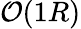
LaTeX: \mathcal O(1R)